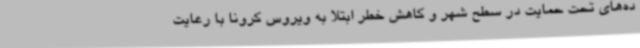
ده‌های تحت حمایت در سطح شهر و کاهش خطر ابتلا به ویروس کرونا با رعایت